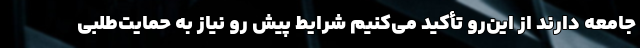
جامعه دارند از این‌رو تأکید می‌کنیم شرایط پیش رو نیاز به حمایت‌طلبی